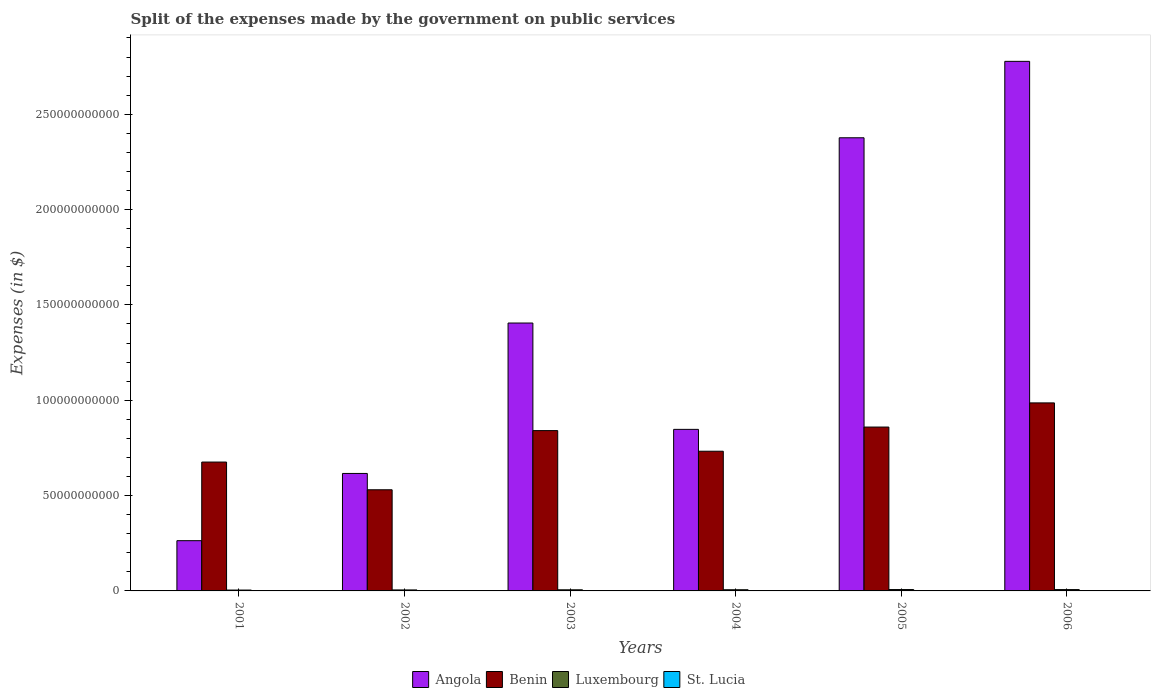
| Years | Angola | Benin | Luxembourg | St. Lucia |
 | --- | --- | --- | --- | --- |
 | 2001 | 2.64e+10 | 6.76e+10 | 4.57e+08 | 7.57e+07 |
 | 2002 | 6.16e+10 | 5.30e+10 | 5.17e+08 | 6.47e+07 |
 | 2003 | 1.4e+11 | 8.41e+10 | 5.89e+08 | 8.95e+07 |
 | 2004 | 8.47e+10 | 7.33e+10 | 6.2e+08 | 9.55e+07 |
 | 2005 | 2.38e+11 | 8.59e+10 | 7.15e+08 | 9.1e+07 |
 | 2006 | 2.78e+11 | 9.86e+10 | 6.96e+08 | 1.04e+08 |